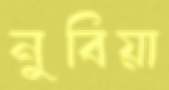
নুবিয়া